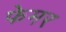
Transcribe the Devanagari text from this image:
फेमर